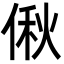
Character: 偢